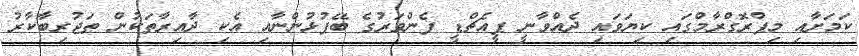
ކަމަށާއި މިޕްރޮގްރާމްގައި ކިޔަވައި ދެއްވާނީ ޕީއެޗްޑީ ފެންވަރުގެ ބޭފުޅުންނާއި އެކި ދާއިރާތަކުން ތަޖުރިބާކާރު